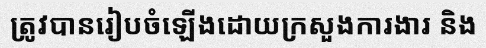
ត្រូវបានរៀបចំឡើងដោយក្រសួងការងារ និង